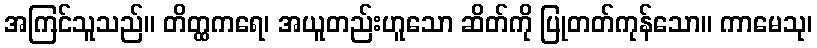
အကြင်သူသည်။ တိတ္ထကရေ၊ အယူတည်းဟူသော ဆိတ်ကို ပြုတတ်ကုန်သော။ ကာမေသု၊